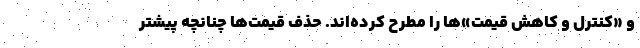
و «کنترل و کاهش قیمت»ها را مطرح کرده‌اند. حذف قیمت‌ها چنانچه پیشتر